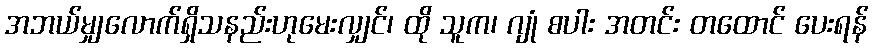
အဘယ်မျှလောက်ရှိသနည်းဟုမေးလျှင်၊ ထို သူက၊ ဂျုံ စပါး အတင်း တထောင် ပေးရန်